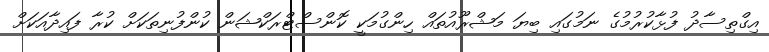
އިގްތިސާދު ފުޅާކުރުމުގެ ނަމުގައި ބިޔަ މަޝްރޫއުތައް ހިންގުމަކީ ކޮންސްޓްރަކްޝަން ކުންފުނިތަކަށް ކުރާ ފައިދާއަކަށް